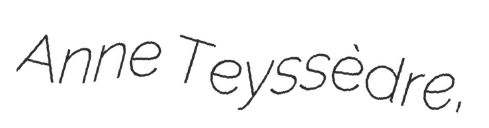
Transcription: Anne Teyssèdre,